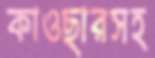
কাওছারসহ